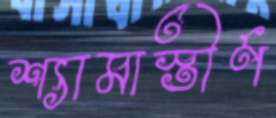
শ্যামাস্তীর্ণ